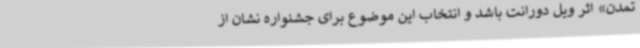
تمدن» اثر ویل دورانت باشد و انتخاب این موضوع برای جشنواره نشان از